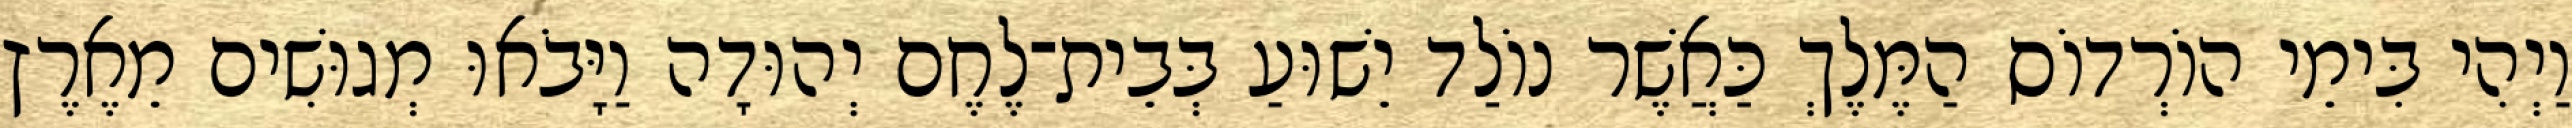
וַיְהִי בִּימֵי הוֹרְדוֹס הַמֶּלֶךְ כַּאֲשֶׁר נוֹלַד יֵשׁוּעַ בְּבֵית־לֶחֶם יְהוּדָה וַיָּבֹאוּ מְגוּשִׁים מֵאֶרֶץ